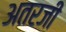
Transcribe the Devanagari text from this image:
अतरजी